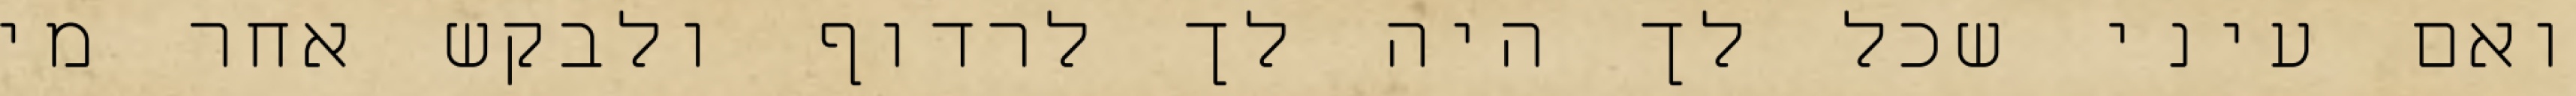
ואם עיני שכל לך היה לך לרדוף ולבקש אחר מי